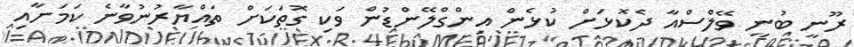
ރޫނީ ބުނީ ވޭލްސްއާ ދެކޮޅަށް ކުޅެން އިންގްލޭންޑުން ވަކި ގޮތަކަށް ތައްޔާރުނުވާނެ ކަމަށާއި